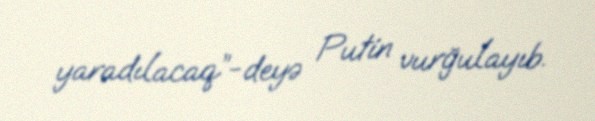
yaradılacaq”-deyə Putin vurğulayıb.